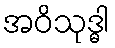
အဝိသုဒ္ဓါ